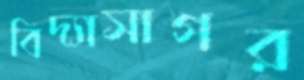
বিদ্যাসাগর